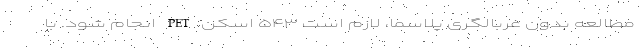
مطالعه بدون غربالگری پلاسما، لازم است ۵۴۳ اسکن PET انجام شود. با